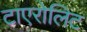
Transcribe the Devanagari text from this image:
टाएरोलिट